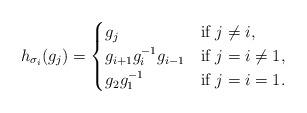
LaTeX: \begin{align*} h_{\sigma_i}(g_j)=\begin{cases} g_j & \mbox{if } j \neq i, \\ g_{i+1}g_{i}^{-1} g_{i-1} & \mbox{if } j=i \neq 1, \\g_2 g_1^{-1} & \mbox{if } j=i=1. \\ \end{cases} \end{align*}